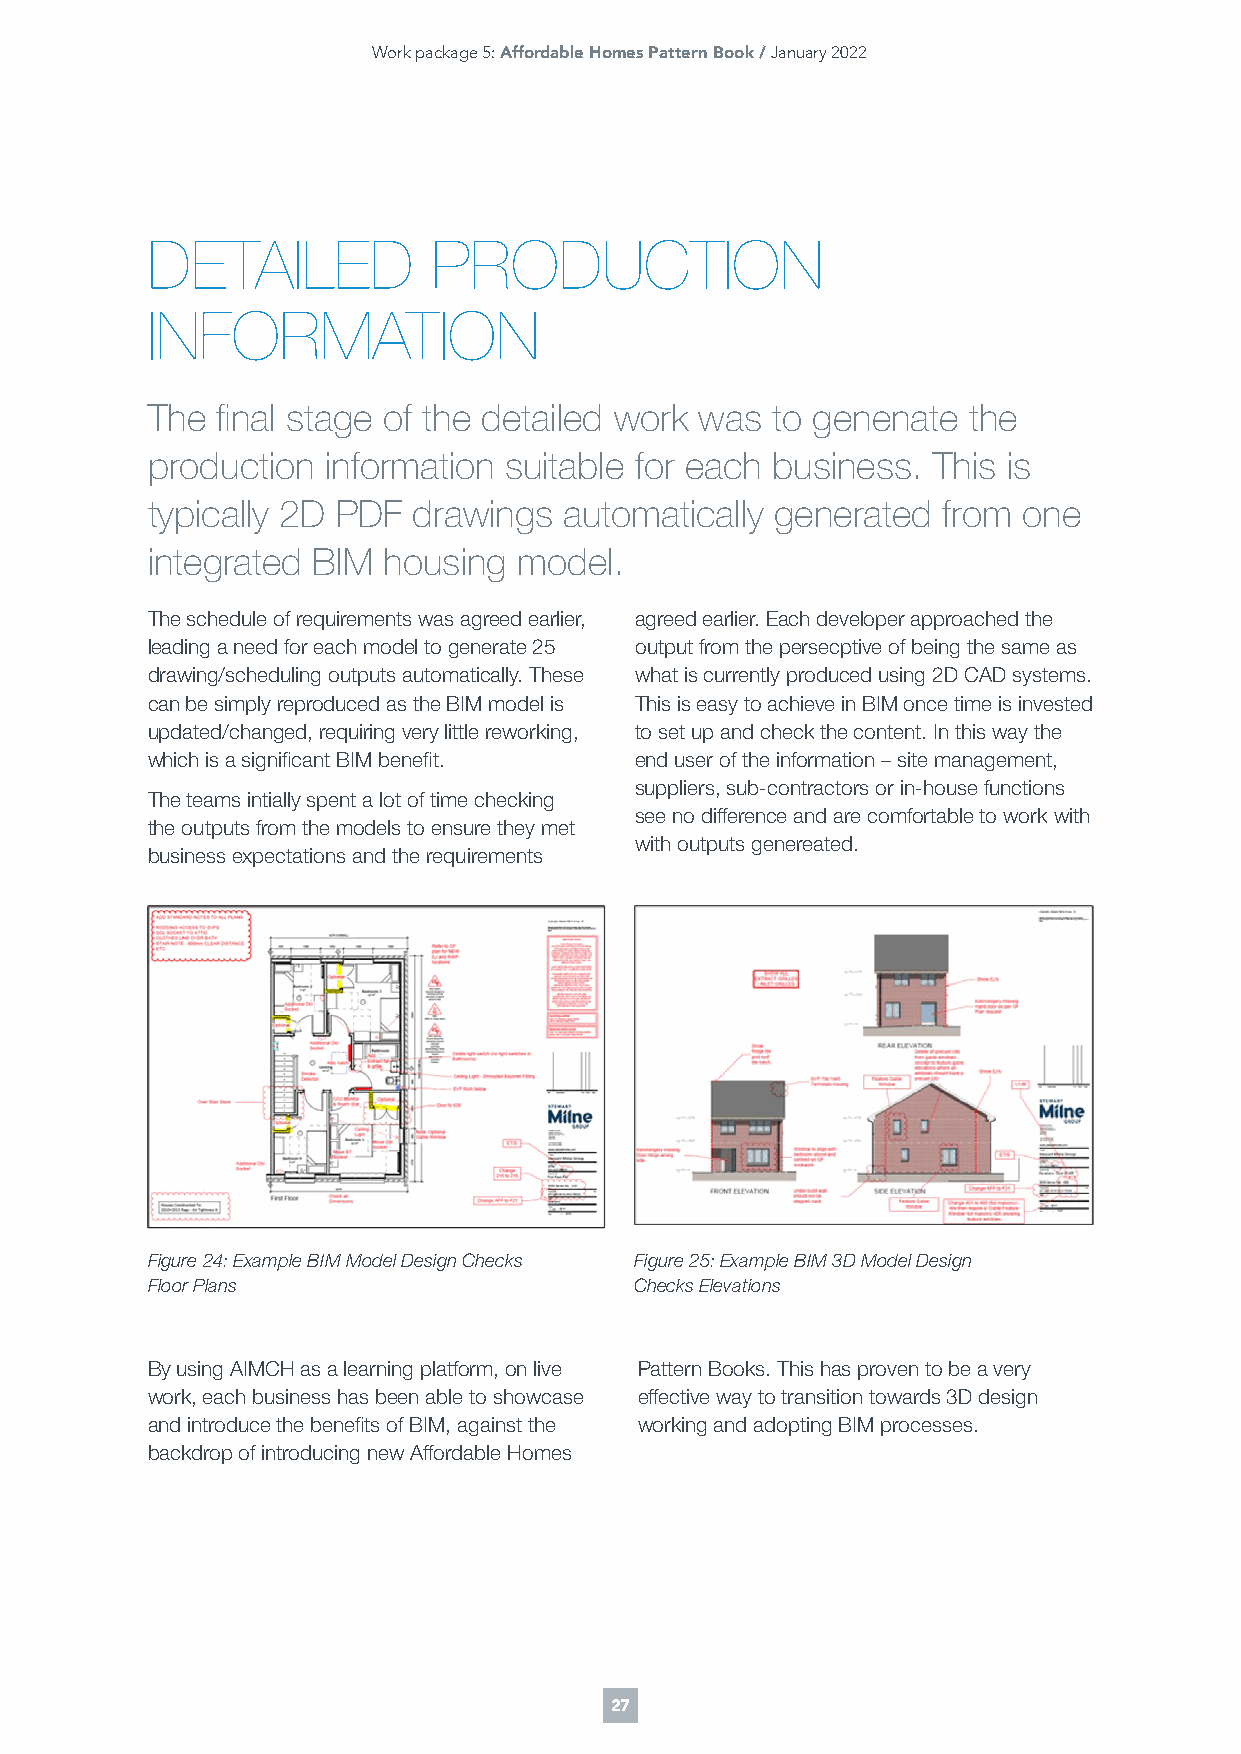
Work package 5: Affordable Homes Pattern Book / January 2022
 DETAILED           PRODUCTION
 INFORMATION
 The final stage of the detailed work was to genenate  the
 production  information suitable for each business. This is
 typically 2D PDF drawings  automatically generated  from  one
 integrated BIM housing  model.
 The schedule of requirements was agreed earlier, agreed earlier. Each developer approached the
 leading a need for each model to generate 25 output from the persecptive of being the same as
 drawing/scheduling outputs automatically. These what is currently produced using 2D CAD systems.
 can be simply reproduced as the BIM model is This is easy to achieve in BIM once time is invested
 updated/changed, requiring very little reworking, to set up and check the content. In this way the
 which is a significant BIM benefit. end user of the information – site management,
 suppliers, sub-contractors or in-house functions
 The teams intially spent a lot of time checking
 see no difference and are comfortable to work with
 the outputs from the models to ensure they met
 with outputs genereated.
 business expectations and the requirements
 Figure 24: Example BIM Model Design Checks Figure 25: Example BIM 3D Model Design
 Floor Plans                     Checks Elevations
 By using AIMCH as a learning platform, on live Pattern Books. This has proven to be a very
 work, each business has been able to showcase effective way to transition towards 3D design
 and introduce the benefits of BIM, against the working and adopting BIM processes.
 backdrop of introducing new Affordable Homes
 27